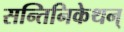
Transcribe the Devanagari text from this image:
सन्तिनिकेथन्